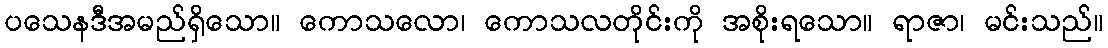
ပသေနဒီအမည်ရှိသော။ ကောသလော၊ ကောသလတိုင်းကို အစိုးရသော။ ရာဇာ၊ မင်းသည်။